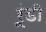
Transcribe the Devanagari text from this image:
रूंडी